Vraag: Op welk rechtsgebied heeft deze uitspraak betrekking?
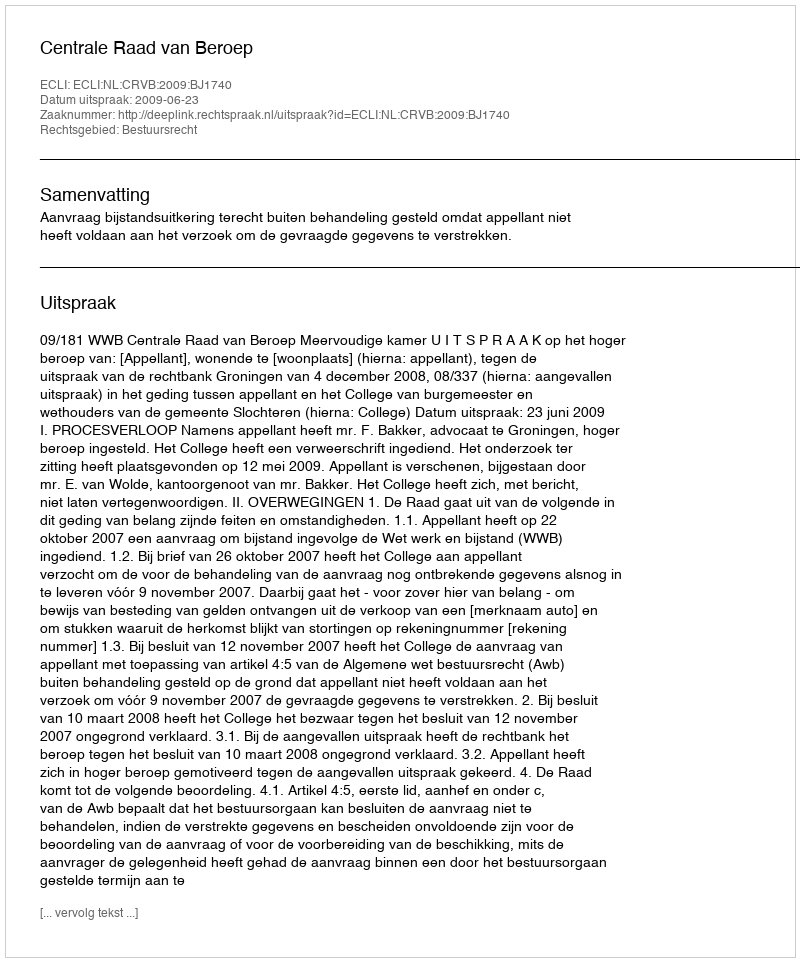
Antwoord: Bestuursrecht